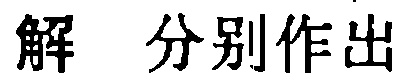
解 分别作出